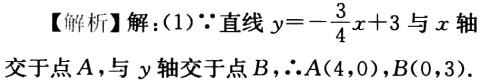
【解析】解：(1)$\because$直线$y = -\dfrac{3}{4}x + 3$与$x$轴交于点$A$，与$y$轴交于点$B$，$\therefore A(4,0),B(0,3)$.